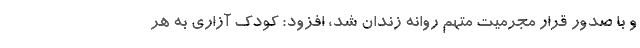
و با صدور قرار مجرمیت متهم روانه زندان شد، افزود: کودک آزاری به هر